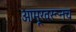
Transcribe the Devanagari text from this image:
आमूरवरूनच